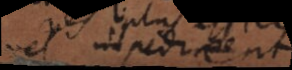
el impedient